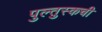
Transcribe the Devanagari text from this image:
पुल्तुस्कची